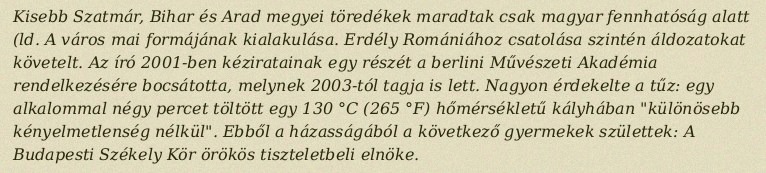
Kisebb Szatmár, Bihar és Arad megyei töredékek maradtak csak magyar fennhatóság alatt (ld. A város mai formájának kialakulása. Erdély Romániához csatolása szintén áldozatokat követelt. Az író 2001-ben kéziratainak egy részét a berlini Művészeti Akadémia rendelkezésére bocsátotta, melynek 2003-tól tagja is lett. Nagyon érdekelte a tűz: egy alkalommal négy percet töltött egy 130 °C (265 °F) hőmérsékletű kályhában "különösebb kényelmetlenség nélkül". Ebből a házasságából a következő gyermekek születtek: A Budapesti Székely Kör örökös tiszteletbeli elnöke.